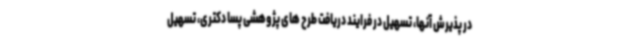
در پذیرش آنها، تسهیل در فرایند دریافت طرح های پژوهشی پسا دکتری، تسهیل